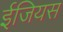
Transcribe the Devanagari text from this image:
ईजियस